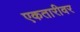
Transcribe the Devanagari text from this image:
एकतारीवर